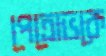
পেত্রোভকে